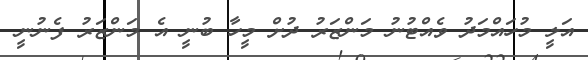
އަލީ މުހައްމަދު ވެއްޓުނު މަންޒަރު ދުށް މީހާ ބުނީ އެ މަންޒަރު ފެނުނީ